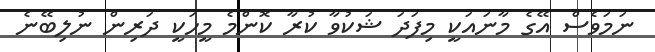
ނަމަވެސް އޭގެ މާނައަކީ މިފަދަ ޝަކުވާ ކުރާ ކޮންމެ މީހަކީ ދަރިން ނުލިބޭނެ